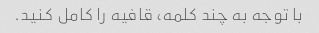
با توجه به چند کلمه، قافیه را کامل کنید.